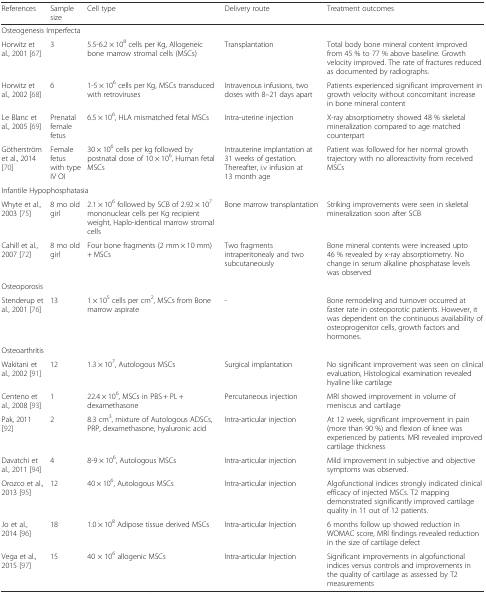
<table><thead><tr><td><b>References</b></td><td><b>Sample size</b></td><td><b>Cell type</b></td><td><b>Delivery route</b></td><td><b>Treatment outcomes</b></td></tr></thead><tbody><tr><td colspan="5">Osteogenesis Imperfecta</td></tr><tr><td>Horwitz et al., 2001 [67]</td><td>3</td><td>5.5-6.2 × 10<sup>8</sup> cells per Kg, Allogeneic bone marrow stromal cells (MSCs)</td><td>Transplantation</td><td>Total body bone mineral content improved from 45 % to 77 % above baseline. Growth velocity improved. The rate of fractures reduced as documented by radiographs.</td></tr><tr><td>Horwitz et al., 2002 [68]</td><td>6</td><td>1-5 × 10<sup>6</sup> cells per Kg, MSCs transduced with retroviruses</td><td>Intravenous infusions, two doses with 8–21 days apart</td><td>Patients experienced significant improvement in growth velocity without concomitant increase in bone mineral content</td></tr><tr><td>Le Blanc et al., 2005 [69]</td><td>Prenatal female fetus</td><td>6.5 × 10<sup>6</sup>, HLA mismatched fetal MSCs</td><td>Intra-uterine injection</td><td>X-ray absorptiometry showed 48 % skeletal mineralization compared to age matched counterpart</td></tr><tr><td>Götherström et al., 2014 [70]</td><td>Female fetus with type IV OI</td><td>30 × 10<sup>6</sup> cells per kg followed by postnatal dose of 10 × 10<sup>6</sup>, Human fetal MSCs</td><td>Intrauterine implantation at 31 weeks of gestation. Thereafter, i.v infusion at 13 month age</td><td>Patient was followed for her normal growth trajectory with no alloreactivity from received MSCs</td></tr><tr><td colspan="5">Infantile Hypophosphatasia</td></tr><tr><td>Whyte et al., 2003 [75]</td><td>8 mo old girl</td><td>2.1 × 10<sup>6</sup> followed by SCB of 2.92 × 10<sup>7</sup> mononuclear cells per Kg recipient weight, Haplo-identical marrow stromal cells</td><td>Bone marrow transplantation</td><td>Striking improvements were seen in skeletal mineralization soon after SCB</td></tr><tr><td>Cahill et al., 2007 [72]</td><td>8 mo old girl</td><td>Four bone fragments (2 mm × 10 mm) + MSCs</td><td>Two fragments intraperitonealy and two subcutaneously</td><td>Bone mineral contents were increased upto 46 % revealed by x-ray absorptiometry. No change in serum alkaline phosphatase levels was observed</td></tr><tr><td colspan="5">Osteoporosis</td></tr><tr><td>Stenderup et al., 2001 [76]</td><td>13</td><td>1 × 10<sup>5</sup> cells per cm<sup>2</sup>, MSCs from Bone marrow aspirate</td><td>-</td><td>Bone remodeling and turnover occurred at faster rate in osteoporotic patients. However, it was dependent on the continuous availability of osteoprogenitor cells, growth factors and hormones.</td></tr><tr><td colspan="5">Osteoarthritis</td></tr><tr><td>Wakitani et al., 2002 [91]</td><td>12</td><td>1.3 × 10<sup>7</sup>, Autologous MSCs</td><td>Surgical implantation</td><td>No significant improvement was seen on clinical evaluation, Histological examination revealed hyaline like cartilage</td></tr><tr><td>Centeno et al., 2008 [93]</td><td>1</td><td>22.4 × 10<sup>6</sup>, MSCs in PBS + PL + dexamethasone</td><td>Percutaneous injection</td><td>MRI showed improvement in volume of meniscus and cartilage</td></tr><tr><td>Pak, 2011 [92]</td><td>2</td><td>8.3 cm<sup>3</sup>, mixture of Autologous ADSCs, PRP, dexamethasone, hyaluronic acid</td><td>Intra-articular injection</td><td>At 12 week, significant improvement in pain (more than 90 %) and flexion of knee was experienced by patients. MRI revealed improved cartilage thickness</td></tr><tr><td>Davatchi et al., 2011 [94]</td><td>4</td><td>8-9 × 10<sup>6</sup>, Autologous MSCs</td><td>Intra-articular injection</td><td>Mild improvement in subjective and objective symptoms was observed.</td></tr><tr><td>Orozco et al., 2013 [95]</td><td>12</td><td>40 × 10<sup>6</sup>, Autologous MSCs</td><td>Intra-articular injection</td><td>Algofunctional indices strongly indicated clinical efficacy of injected MSCs. T2 mapping demonstrated significantly improved cartilage quality in 11 out of 12 patients.</td></tr><tr><td>Jo et al., 2014 [96]</td><td>18</td><td>1.0 × 10<sup>8</sup> Adipose tissue derived MSCs</td><td>Intra-articular Injection</td><td>6 months follow up showed reduction in WOMAC score, MRI findings revealed reduction in the size of cartilage defect</td></tr><tr><td>Vega et al., 2015 [97]</td><td>15</td><td>40 × 10<sup>6</sup> allogenic MSCs</td><td>Intra-articular Injection</td><td>Significant improvements in algofunctional indices versus controls and improvements in the quality of cartilage as assessed by T2 measurements</td></tr></tbody></table>